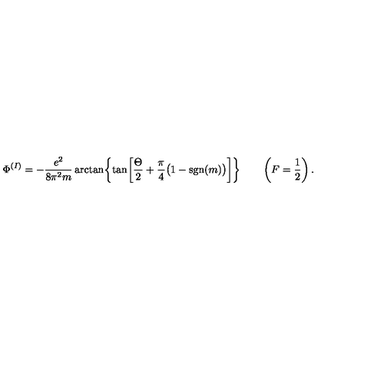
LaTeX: \Phi ^ { ( I ) } = - { \frac { e ^ { 2 } } { 8 \pi ^ { 2 } m } } \arctan \biggl \{ \tan \biggl [ { \frac { \Theta } { 2 } } + { \frac { \pi } { 4 } } \bigl ( 1 - \mathrm { s g n } ( m ) \bigr ) \biggr ] \biggr \} \qquad \left( F = \frac { 1 } { 2 } \right) .